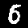
Digit: 6